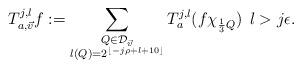
LaTeX: \begin{align*}T_{a, \vec{v}}^{j, l}f:=\sum_{\substack{Q\in\mathcal{D}_{\vec{v}}\\l(Q)=2^{\lfloor{-j\rho+l+10}\rfloor}}}T_{a}^{j, l}(f\chi_{\frac{1}{3}Q}) \:\: l > j \epsilon.\end{align*}